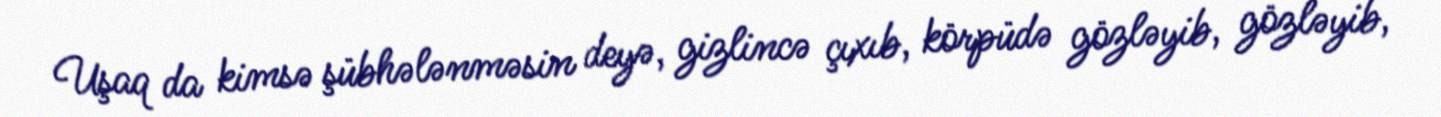
Uşaq da kimsə şübhələnməsin deyə, gizlincə çıxıb, körpüdə gözləyib, gözləyib,